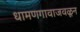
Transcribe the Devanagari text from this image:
धामणगावाजवळून